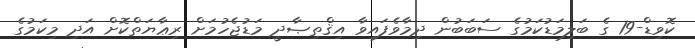
ކޮވިޑް-19 ގެ ބަލިމަޑުކަމުގެ ސަބަބުން ދިމާވެފައިވާ އިޤްތިޞާދީ މަޑުޖެހުމަށް ރިޢާޔަތްކޮށް އަދި މިކަމުގެ